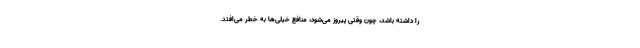
را داشته باشد، چون وقتی پیروز می‌شود، منافع خیلی‌ها به خطر می‌افتد.